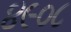
૪૯૦૮